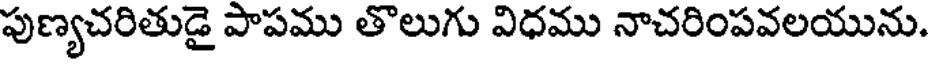
పుణ్యచరితుడై పాపము తొలుగు విధము నాచరింపవలయును.